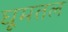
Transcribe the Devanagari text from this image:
घूमतल